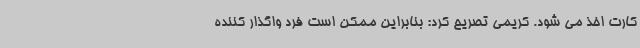
کارت اخذ می شود. کریمی تصریح کرد: بنابراین ممکن است فرد واگذار کننده